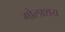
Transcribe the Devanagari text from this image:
गोलाशय